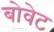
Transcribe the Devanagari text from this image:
बोवेट